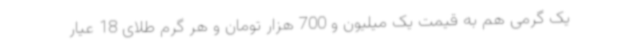
یک گرمی هم به قیمت یک میلیون و 700 هزار تومان و هر گرم طلای 18 عیار